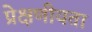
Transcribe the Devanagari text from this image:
प्रेक्षणीयता